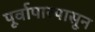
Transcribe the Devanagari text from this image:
पूर्वापारपासून